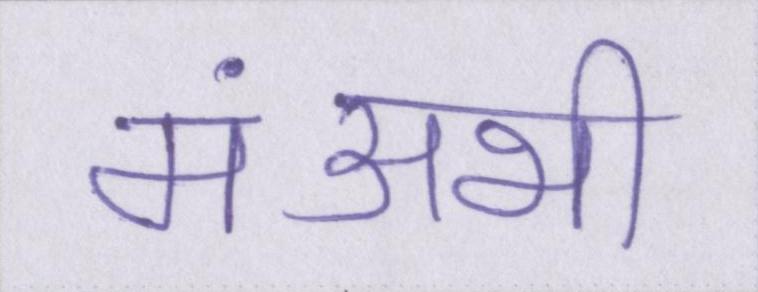
मंअभी